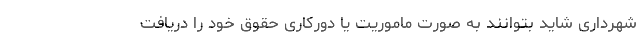
شهرداری شاید بتوانند به صورت ماموریت یا دورکاری حقوق خود را دریافت